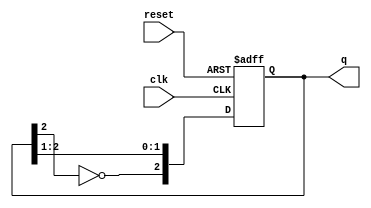
module johnson_counter #(
    parameter N = 3  // Number of flip-flops
)(
    input wire clk,          // Clock signal
    input wire reset,        // Asynchronous reset signal
    output reg [N-1:0] q     // Output state of the counter
);

    // Sequential logic for the Johnson counter
    always @(posedge clk or posedge reset) begin
        if (reset) begin
            q <= 0;  // Reset the counter to 0
        end else begin
            q <= {~q[N-1], q[N-1:N-2]};  // Shift with inversion of the last bit
        end
    end

endmodule